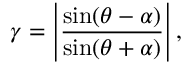
\gamma = \left| \frac { \sin ( \theta - \alpha ) } { \sin ( \theta + \alpha ) } \right| ,